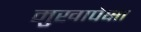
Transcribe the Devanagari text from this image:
मुखापेक्षा